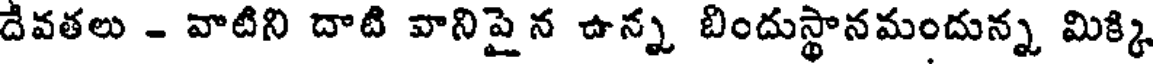
దేవతలు - వాటిని దాటి వానిపై న ఉన్న బిందుస్థానమందున్న మిక్కి